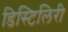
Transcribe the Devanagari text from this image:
डिस्टिलिरी